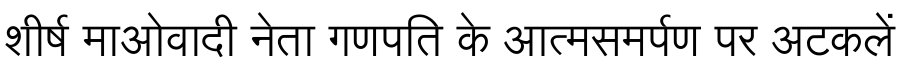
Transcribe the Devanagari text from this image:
शीर्ष माओवादी नेता गणपति के आत्मसमर्पण पर अटकलें